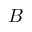
B